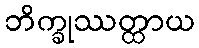
ဘိက္ခုဿတ္ထာယ